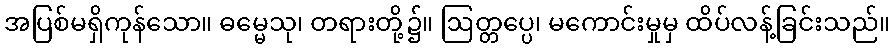
အပြစ်မရှိကုန်သော။ ဓမ္မေသု၊ တရားတို့၌။ ဩတ္တပ္ပေ၊ မကောင်းမှုမှ ထိပ်လန့်ခြင်းသည်။